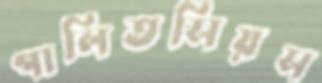
গালিতসিয়স